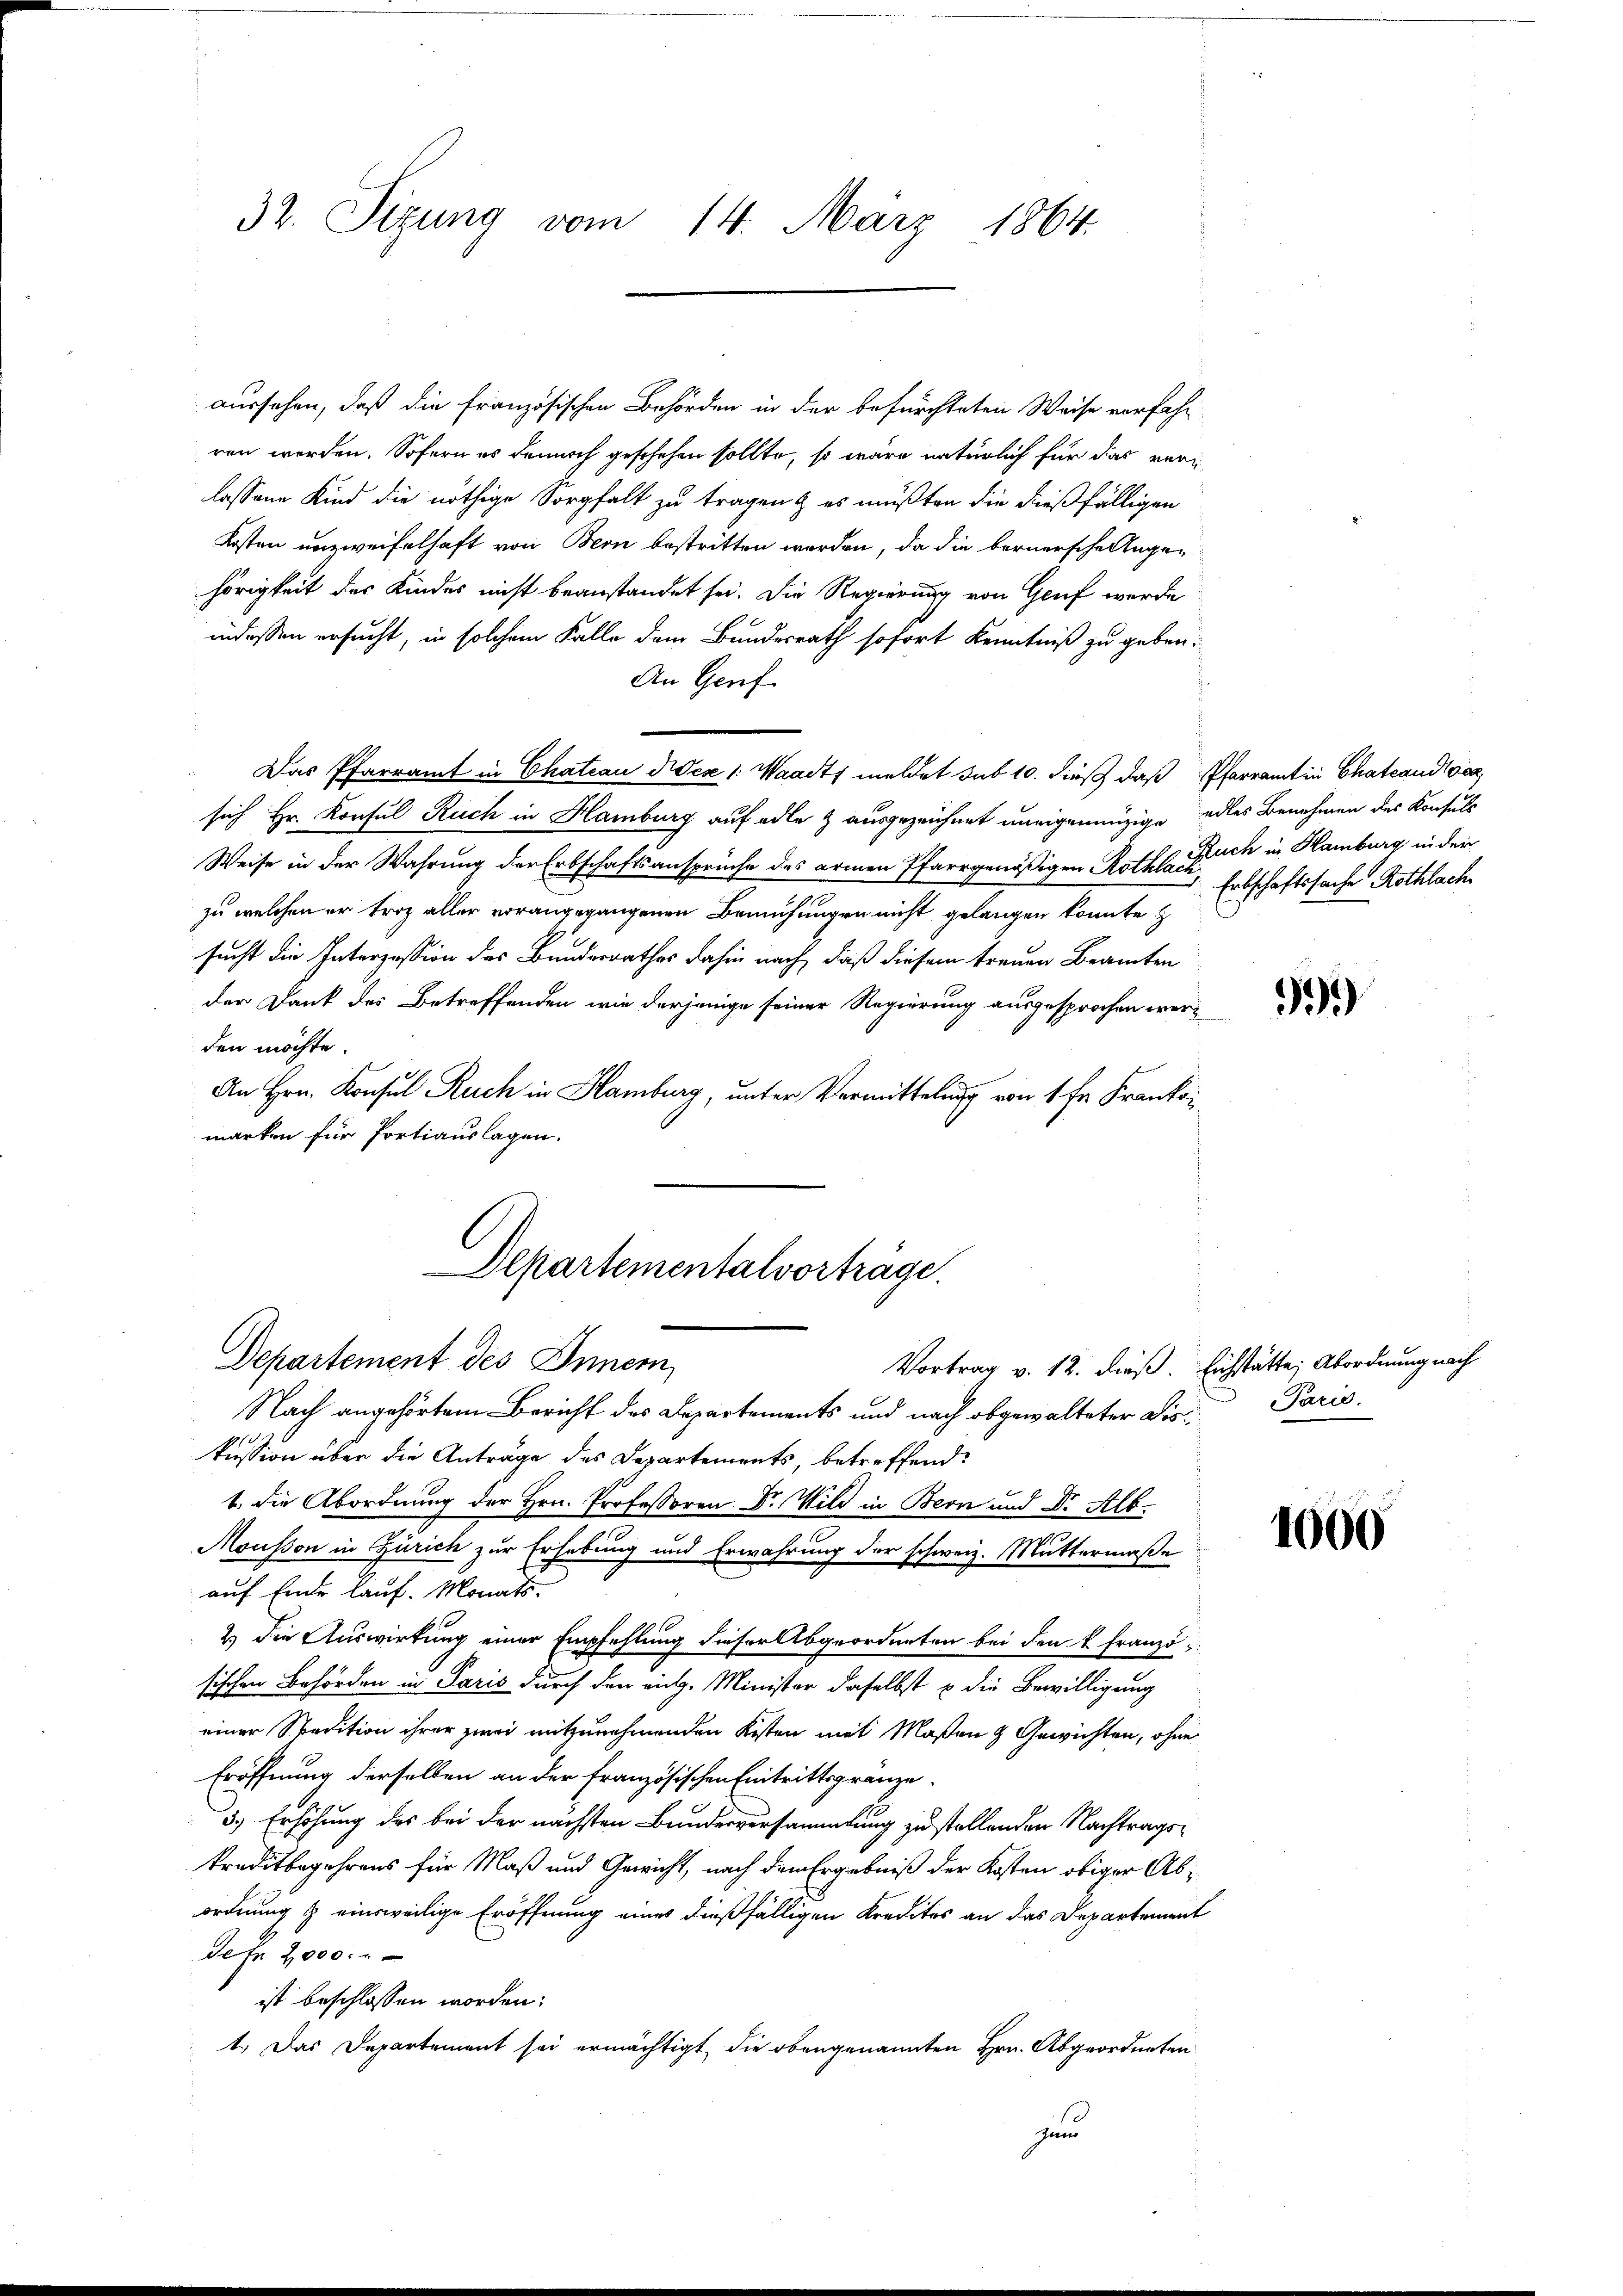
32. Sizung vom 14. März 1864.

aussehen, daß die französischen Behörden in der befürchteten Weise vorfahr
ren werden. Sofern es dennoch geschehen sollte, so wäre natürlich für das verlassene Kind die nöthige Sorgfalt zu tragen & es müßten die dießfälligen
Kosten unzweifelhaft von Bern bestritten werden, da die bernersche Angehörigkeit des Kindes nicht beanstandet sei. Die Regierung von Genf wurde
indessen ersucht, in solchem Falle dem Bundesrath sofort Kenntniß zu geben.
An Genf.
Das Pfarramt in Chateau diese 1: Waadt meldet sub 10. dieß das Pfarramt in Chateaudl gea
sich Hr. Konsul Ruch in Hamburg auf alle & ausgezeichnet uneigennüzige edles Benehmen des Konsuls
Weise in der Wahrung der Erbschaftsansprüche des armen Pfarrgenößigen Rothlache Erbschaftssache Rothlach
zu welchen er trotz aller vorangegangenen Bemühungen nicht gelangen konnte z
sucht die Interzession des Bundesrathes dahin nach, daß diesem treuen Beamten
der Dank des Betreffenden, wie derjenige seiner Regierung ausgesprochen werden möchte.
An Hrn. Konsul Ruch in Hamburg, unter Vermittelung von 1 fr. Frankomarken für Portiauslagen.
Departementalvorträge.
Departement des Innern,
Vortrag v. 12. dieß. Eichstätte Abordnung nach
Nach angehörtem Bericht des Departements und nach abgewalteter die Paris,
kussion über die Anträge des Departements, betreffend
1. die Abordnung der Hrn. Professoren Dr. Wild in Bern und Dr. Alb.
Mousson in Zürich zur Erhebung und Erwährung der schweiz. Muttermaße
auf Ende lauf. Monats-
2.) Die Auswirkung einer Empfehlung dieser Abgeordneten bei den k. Franzö-
sischen Behörden in Paris durch den eint. Minister daselbst u die Bewilligung
einer Spedition ihrer zwei mitzunehmenden Kisten mit Maßen & Gewichten, ohne
Eröffnung derselben an der französischen Eintrittsgränze
3.) Erhöhung des bei der nächsten Bundesversammlung zu stellenden Nachtragstraditbegehrens für Maß und Gewicht, nach dem Ergebniß der Kosten obiger Abordnung & einsweilige Eröffnung eines dießfälligen Kredites an das Departement
dete 2000.
ist beschlossen worden:
1.) Das Departement sei ermächtigt die obengenannten Hrn. Abgeordneten
zun

Ruch in Hamburg in der

39

1000